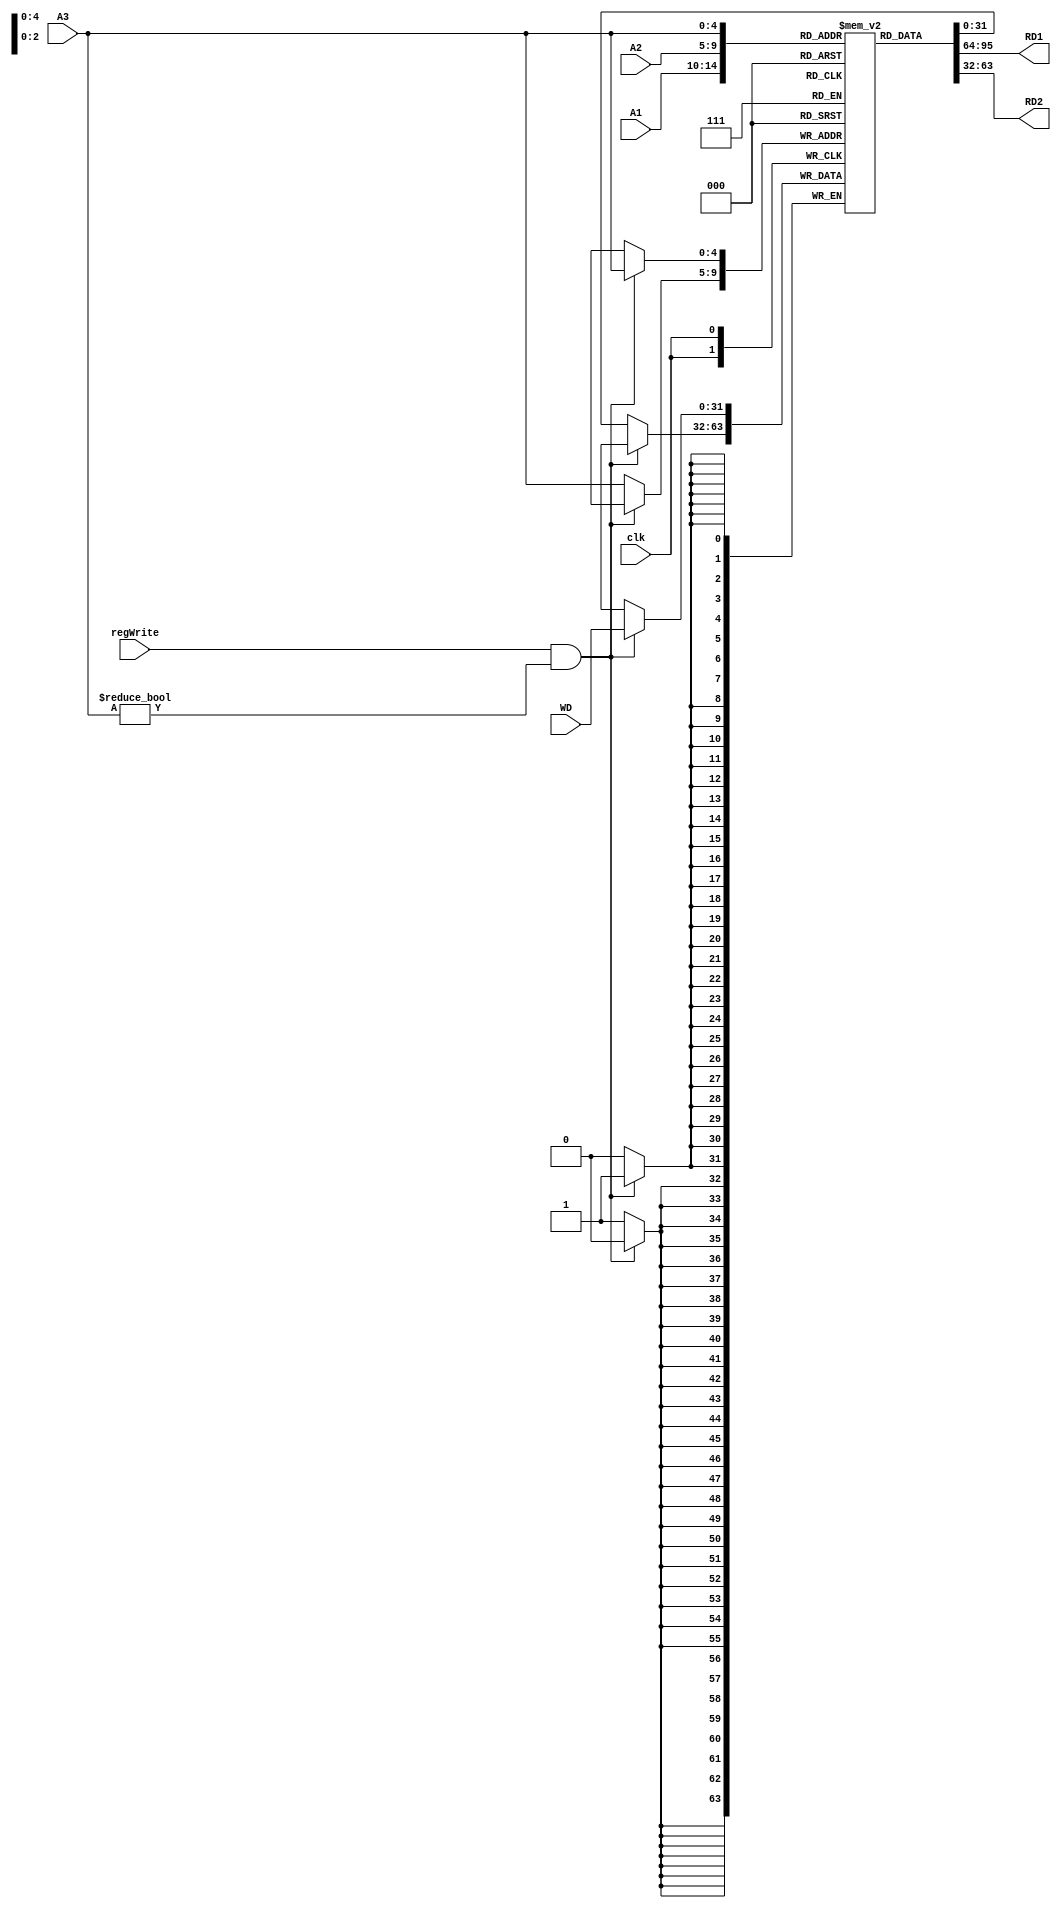
module regFile(A1, A2, A3, WD, regWrite, clk, RD1, RD2);
	input[4:0] A1, A2, A3;
	input[31:0] WD;
	input regWrite, clk;
	output[31:0] RD1, RD2;
	reg[31:0] mem[0:31];
	initial begin
	mem[0] = 32'b0;
	end
	assign RD1 = mem[A1];
	assign RD2 = mem[A2];
	always@(negedge clk)// WARNING: check here bitch
	begin
		if(regWrite && A3!=32'b0)
			mem[A3] <= WD;
		else
			mem[A3] <= mem[A3];
	end
endmodule